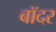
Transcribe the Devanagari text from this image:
बॉदर